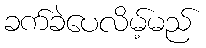
ခက်ခဲပေလိမ့်မည်